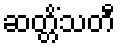
ဆတ္တိံသတီ